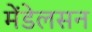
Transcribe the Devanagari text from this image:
मेंडेलसन